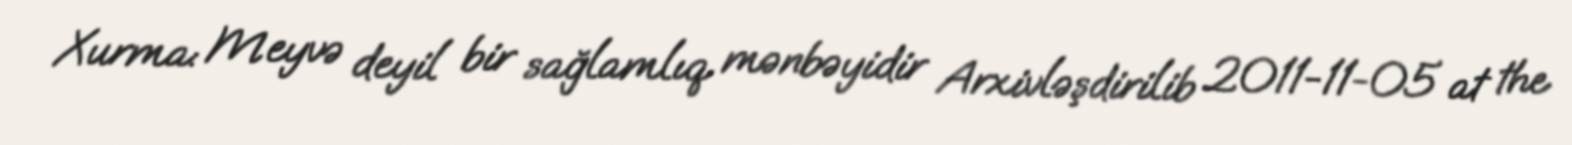
Xurma: Meyvə deyil bir sağlamlıq mənbəyidir Arxivləşdirilib 2011-11-05 at the